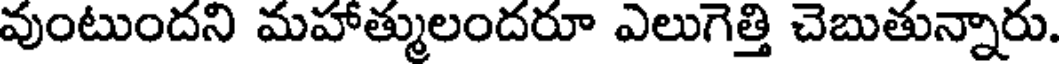
వుంటుందని మహాత్ములందరూ ఎలుగెత్తి చెబుతున్నారు.